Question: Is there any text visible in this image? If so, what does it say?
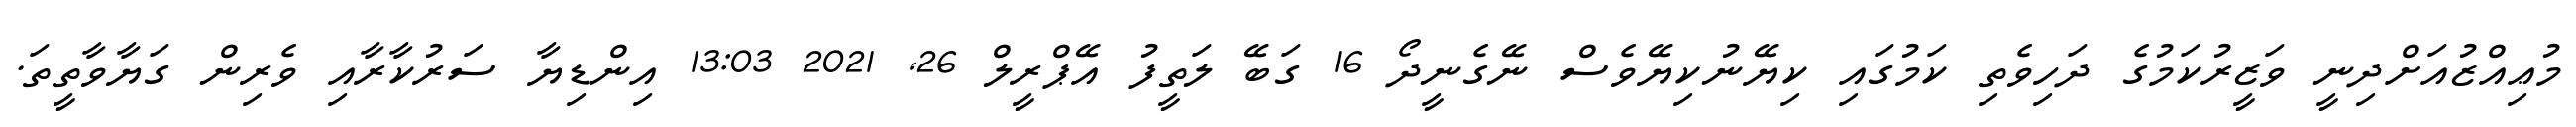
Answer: މުޢިއްޒުއަށްދިނީ ވަޒީރުކަމުގެ ދަހިވެތި ކަމުގައި ކިޔޭނުކިޔޭވެސް ނޭގެނީދޯ 16 ގަބޭ ލަތީފު އޭޕްރީލް 26, 2021 13:03 އިންޑިޔާ ސަރުކާރާއި ވެރިން ގަޔާވާތީތަ.